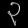
Digit: ၃